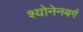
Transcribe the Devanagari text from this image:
श्योनेनबर्ग